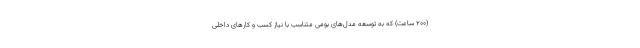
(200 ساعت) که به توسعه مدل‌های بومی متناسب با نیاز کسب و کارهای داخلی